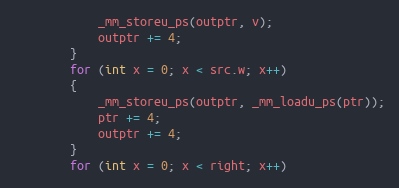
Language: C
            _mm_storeu_ps(outptr, v);
            outptr += 4;
        }
        for (int x = 0; x < src.w; x++)
        {
            _mm_storeu_ps(outptr, _mm_loadu_ps(ptr));
            ptr += 4;
            outptr += 4;
        }
        for (int x = 0; x < right; x++)